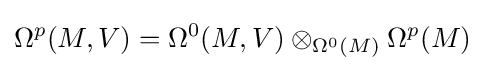
\Omega ^{p}(M,V)=\Omega ^{0}(M,V)\otimes _{\Omega ^{0}(M)}\Omega ^{p}(M)